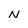
Character: N